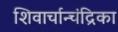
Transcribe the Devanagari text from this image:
शिवार्चान्चंद्रिका